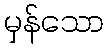
မှန်သော